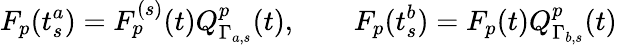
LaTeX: F_{p}(t_{s}^{a})=F_{p}^{(s)}(t)Q_{\Gamma_{a,s}}^{p}(t),\qquad F_{p}(t_{s}^{b})=F_{p}(t)Q_{\Gamma_{b,s}}^{p}(t)